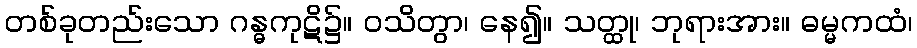
တစ်ခုတည်းသော ဂန္ဓကုဋိ၌။ ဝသိတွာ၊ နေ၍။ သတ္ထု၊ ဘုရားအား။ ဓမ္မကထံ၊